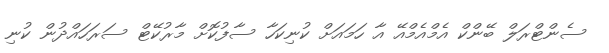
ސެންޓްރަލް ބޭންކް އެމްއެމްއޭ އާ ހަމައަށް ކުނިކަހާ ސާފުކޮށް މާރުކޭޓް ސަރަހައްދުން ކުނި